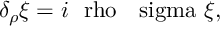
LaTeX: \delta _ { \rho } \xi = i \mathrm { \boldmath ~ \ r h o ~ } \mathrm { \boldmath ~ \ s i g m a ~ } \xi ,